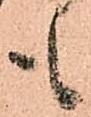
も